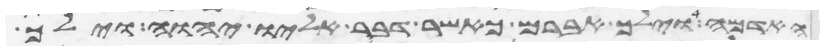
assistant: האדמה וילך אברם כאשר דבר אליו יהוה וילך